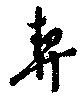
契